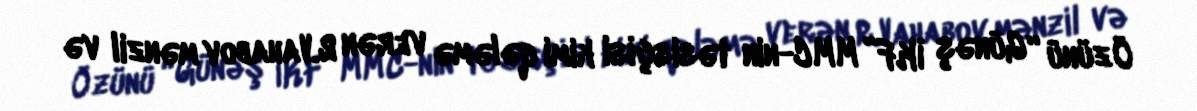
Özünü “Günəş İKF” MMC-nin təsisçisi kimi qələmə verən R.Vahabov mənzil və